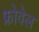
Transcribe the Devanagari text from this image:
फ्रोवेल